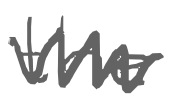
Text: the
Cross-out: zig-zag
Writing tool: digital_gray